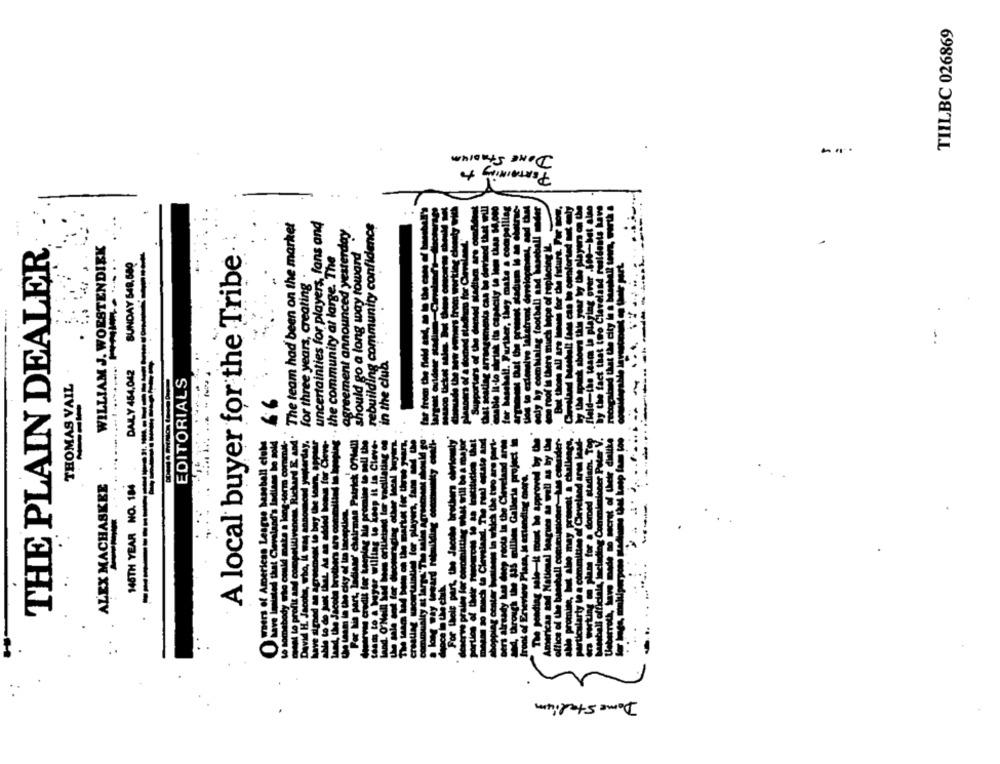
TIILBC 026869
DONE STADIUM
-..
PERTAINING to
The team had been on the market
uncertainties for players, fans and
. .
agreement announced yesterday.
rebuilding community confidence
WILLIAM J. WORSTENDIEK
THE PLAIN DEALER
the community at large. The
should go a long way toward
SUNDAY 548,580
A local buyer for the Tribe
for three years, creating .
in the club
DAILY 454,042
THOMAS VAIL
EDITORIALS
ALEX MACHASKEE
145TH YEAR NO. 184
Dome Stadium